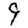
Digit: 9